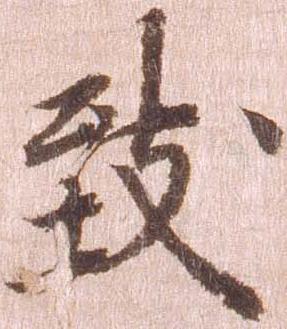
致